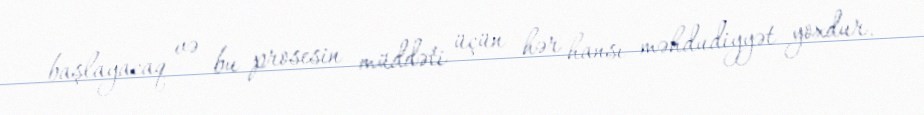
başlayacaq və bu prosesin müddəti üçün hər hansı məhdudiyyət yoxdur.